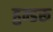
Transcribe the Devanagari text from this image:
हुन्डरू